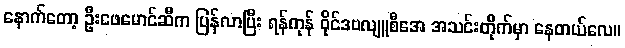
နောက်တော့ ဦးဖေမောင်ဆီက ပြန်လာပြီး ရန်ကုန် ဝိုင်ဒဗလျူစီအေ အသင်းတိုက်မှာ နေတယ်လေ။